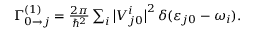
\begin{array} { r } { \Gamma _ { 0 \to j } ^ { ( 1 ) } = \frac { 2 \pi } { \hbar ^ { 2 } } \sum _ { i } \big | V _ { j 0 } ^ { i } \big | ^ { 2 } \, \delta ( \varepsilon _ { j 0 } - \omega _ { i } ) . } \end{array}